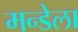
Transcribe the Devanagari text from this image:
मन्डेला